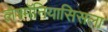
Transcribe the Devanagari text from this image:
लेश्मॅनियासिसला